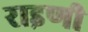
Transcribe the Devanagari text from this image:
राइणी